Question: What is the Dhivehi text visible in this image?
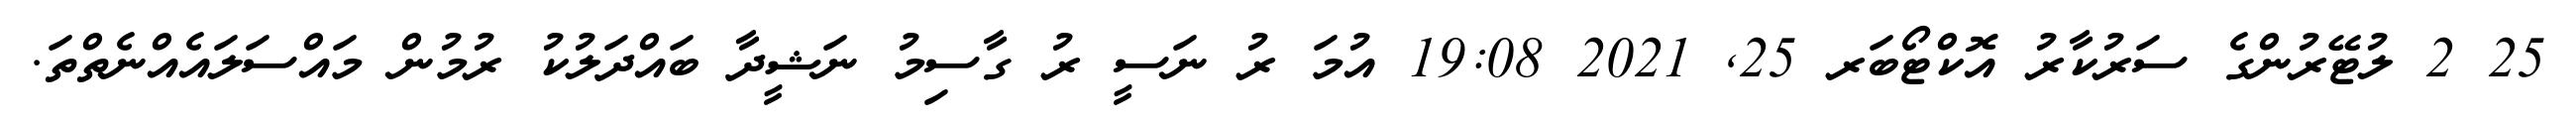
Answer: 25 2 ލުޓޭރުންގެ ސަރުކާރު އޮކްޓޯބަރ 25, 2021 19:08 އުމަ ރު ނަސީ ރު ގާސިމު ނަޝީދާ ބައްދަލުކު ރުމުން މައްސަލައެއްނެތްތަ.